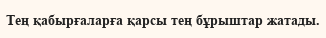
Тең қабырғаларға қарсы тең бұрыштар жатады.